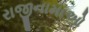
રાજીનામાઓ